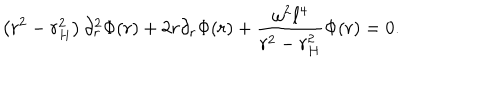
LaTeX: \left( r ^ { 2 } - r _ { H } ^ { 2 } \right) \partial _ { r } ^ { 2 } \Phi ( r ) + 2 r \partial _ { r } \Phi ( r ) + \frac { \omega ^ { 2 } \ell ^ { 4 } } { r ^ { 2 } - r _ { H } ^ { 2 } } \Phi ( r ) = 0 .